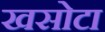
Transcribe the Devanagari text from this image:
खसोटा